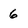
Character: 6